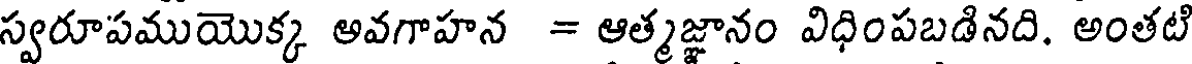
స్వరూపముయొక్క అవగాహన = ఆత్మజ్ఞానం విధింపబడినది. అంతటి